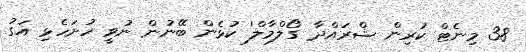
38 މިނެޓް ކުރިން ޝްރައްދާ 'ގޯލްމާލް' ކުޅެން ބޭނުން ނުވީ ހުށަހެޅި އަގު